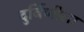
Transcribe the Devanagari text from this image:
दुर्बिणीला